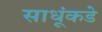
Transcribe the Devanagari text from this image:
साधूंकडे